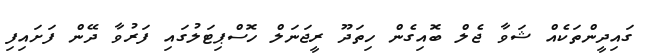
ގައިދީންތަކެއް ޝަވާ ޖެލް ބޮއިގެން ހިތަދޫ ރީޖަނަލް ހޮސްޕިޓަލުގައި ފަރުވާ ދޭން ފަށައިފި